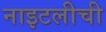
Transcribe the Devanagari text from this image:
नाइटलीची